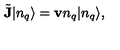
\tilde { { \bf J } } | n _ { q } \rangle = { \bf v } n _ { q } | n _ { q } \rangle ,